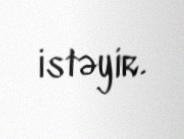
istəyir.